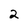
Character: 2